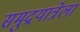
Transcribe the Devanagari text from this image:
समुद्रयात्रेला